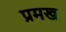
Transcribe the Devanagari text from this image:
प्रमख